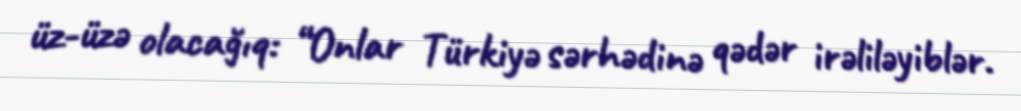
üz-üzə olacağıq: “Onlar Türkiyə sərhədinə qədər irəliləyiblər.